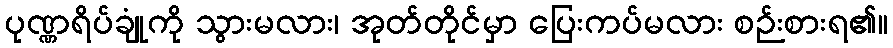
ပုဏ္ဏရိပ်ချုံကို သွားမလား၊ အုတ်တိုင်မှာ ပြေးကပ်မလား စဉ်းစားရ၏။